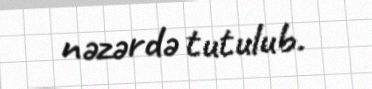
nəzərdə tutulub.